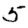
Digit: 5